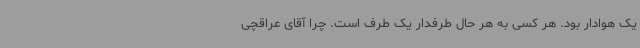
یک هوادار بود. هر کسی به‌ هر حال طرفدار یک طرف است. چرا آقای عراقچی